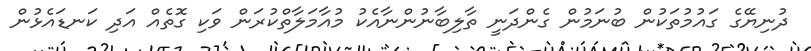
ދުނިޔޭގެ ގައުމުތަކުން ބުނަމުން ގެންދަނީ ތާލިބާނުންނާއެކު މުއާމަލާތްކުރަން ވަކި ގޮތެއް އަދި ކަނޑައެޅުން